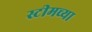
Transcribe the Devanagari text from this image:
स्टीमच्या